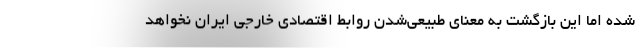
شده اما این بازگشت به معنای طبیعی‌شدن روابط اقتصادی خارجی ایران نخواهد